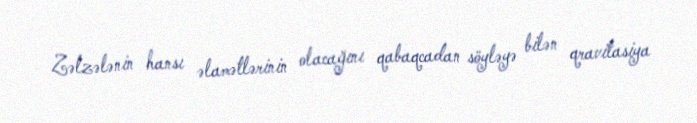
Zəlzələnin hansı əlamətlərinin olacağını qabaqcadan söyləyə bilən qravitasiya